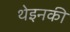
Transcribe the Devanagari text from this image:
थेइनकी